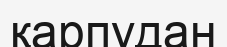
қарпудан